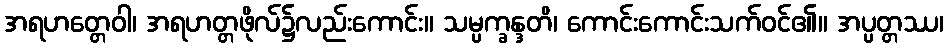
အရဟတ္တေဝါ၊ အရဟတ္တဖိုလ်၌လည်းကောင်း။ သမ္ပက္ခန္ဒတိ၊ ကောင်းကောင်းသက်ဝင်၏။ အပ္ပတ္တဿ၊